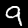
Label: 9